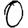
Digit: 0